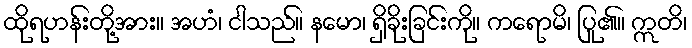
ထိုရဟန်းတို့အား။ အဟံ၊ ငါသည်။ နမော၊ ရှိခိုးခြင်းကို။ ကရောမိ၊ ပြု၏။ ဣတိ၊